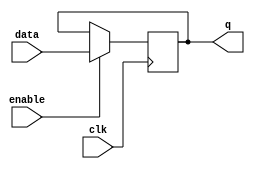
module latch(
    input clk,
    input enable,
    input data,
    output reg q
);

always @(posedge clk) begin
    if(enable)
        q <= data;
end

endmodule